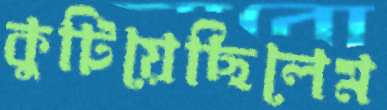
কুটিয়েছিলেম